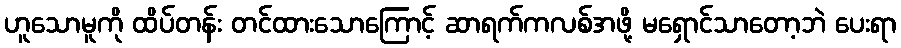
ဟူသောမူကို ထိပ်တန်း တင်ထားသောကြောင့် ဆာရက်ကလစ်အဖို့ မရှောင်သာတော့ဘဲ ပေးရာ